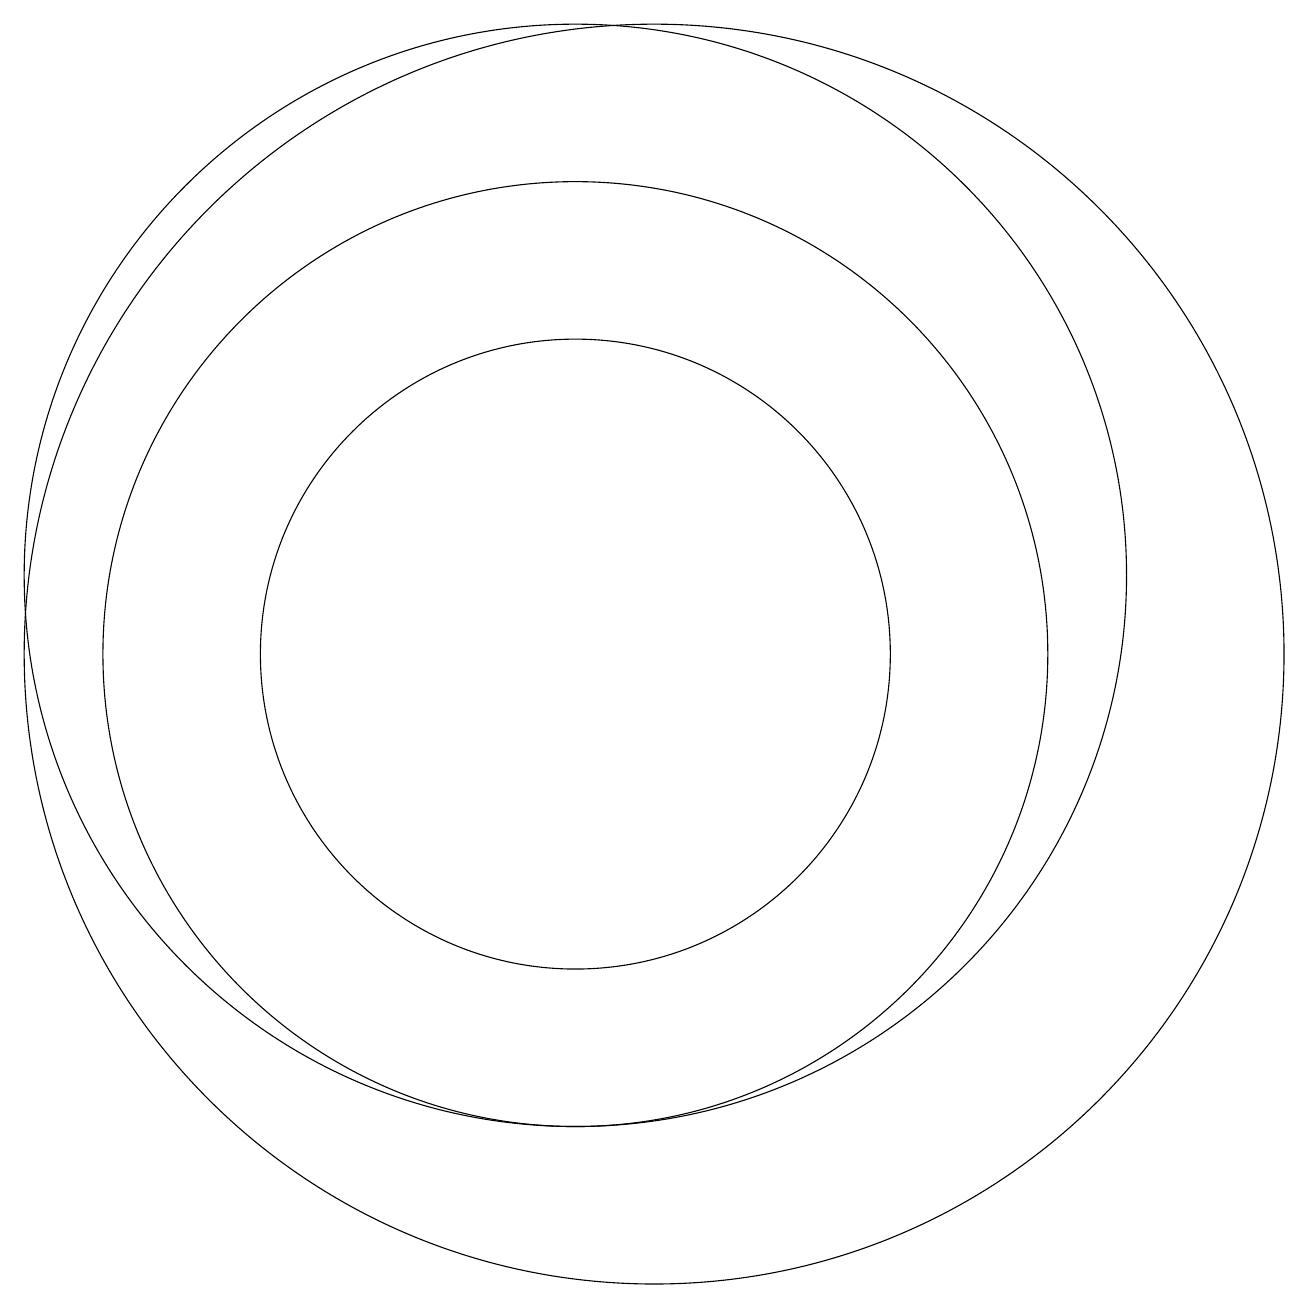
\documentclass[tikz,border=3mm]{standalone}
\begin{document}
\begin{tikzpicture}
\draw (11,10) circle (8);
\draw (10,11) circle (7);
\draw (10,10) circle (6);
\draw (10,10) circle (4);
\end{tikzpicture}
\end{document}